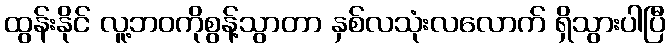
ထွန်းနိုင် လူ့ဘဝကိုစွန့်သွာတာ နှစ်လသုံးလလောက် ရှိသွားပါပြီ